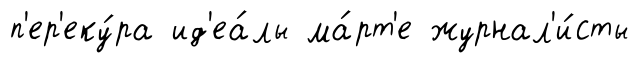
п'ер'еку́ра ид'еа́лы ма́рт'е журнал'и́сты